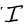
Character: I